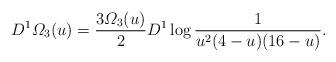
LaTeX: \begin{align*}D^{1}\varOmega_3(u)=\frac{3\varOmega_3(u)}{2}D^1\log\frac{1}{u^2 (4-u) ( 16-u)}.\end{align*}